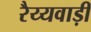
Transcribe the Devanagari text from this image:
रैय्यवाड़ी